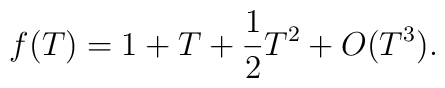
f(T)= 1+T+{1\over 2} T^2 + O(T^3).